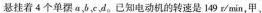
悬挂着4个单摆a、b、c、d。已知电动机的转速是149r/min，甲、